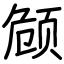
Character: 𬱟